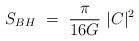
\begin{align*}S_{BH}~=~{\pi \over 16G}~|C|^2~\end{align*}